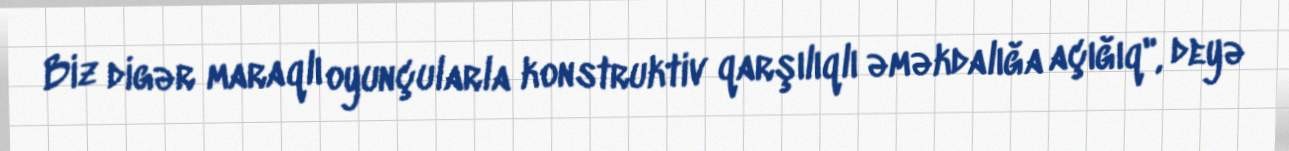
Biz digər maraqlı oyunçularla konstruktiv qarşılıqlı əməkdalığa açığıq", deyə